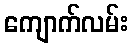
ကျောက်လမ်း